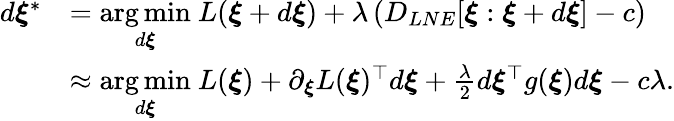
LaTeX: \begin{array}{rl}{d\boldsymbol{\xi}^{*}}&{=\underset{d\boldsymbol{\xi}}{\arg\operatorname*{min}}\ L(\boldsymbol{\xi}+d\boldsymbol{\xi})+\lambda\left(D_{LNE}[\boldsymbol{\xi}:\boldsymbol{\xi}+d\boldsymbol{\xi}]-c\right)}\\ &{\approx\underset{d\boldsymbol{\xi}}{\arg\operatorname*{min}}\ L(\boldsymbol{\xi})+\partial_{\boldsymbol{\xi}}L(\boldsymbol{\xi})^{\top}d\boldsymbol{\xi}+\frac{\lambda}{2}d\boldsymbol{\xi}^{\top}g(\boldsymbol{\xi})d\boldsymbol{\xi}-c\lambda.}\end{array}